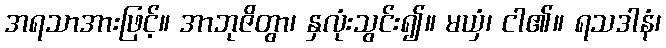
အရသာအားဖြင့်။ အာဘုဇိတွာ၊ နှလုံးသွင်း၍။ မယှံ၊ ငါ၏။ ရသဒါနံ၊